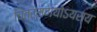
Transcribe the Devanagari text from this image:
चित्रमणयोऽयस्य